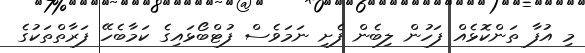
މި އުފާ ތަންކޮޅެއް ފަހުން ލިބެން ފެށި ނަމަވެސް ފުޓްބޯޅައިގެ ކަމާބެހޭ ފަރާތްތަކުގެ